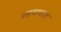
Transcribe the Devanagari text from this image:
रसभपाल